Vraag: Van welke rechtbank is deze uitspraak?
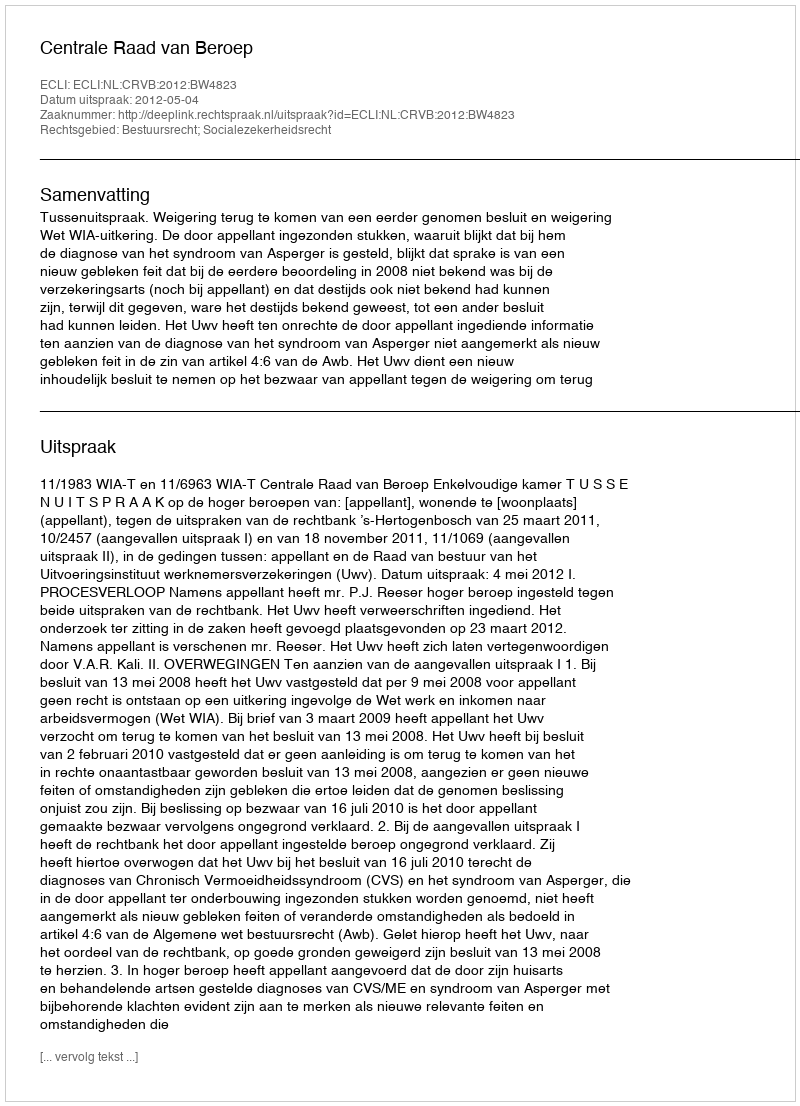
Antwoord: Centrale Raad van Beroep